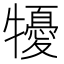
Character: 𤛾